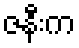
ဇနီးက